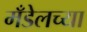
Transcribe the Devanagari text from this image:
मँडेलच्या